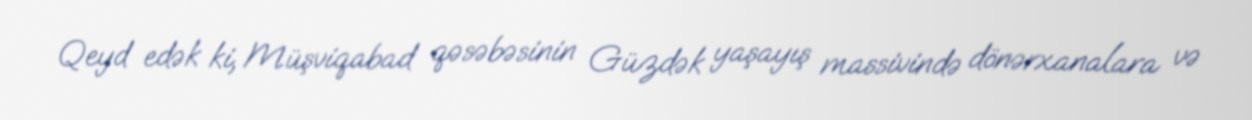
Qeyd edək ki, Müşviqabad qəsəbəsinin Güzdək yaşayış massivində dönərxanalara və